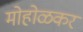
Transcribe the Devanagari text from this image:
मोहोळकर